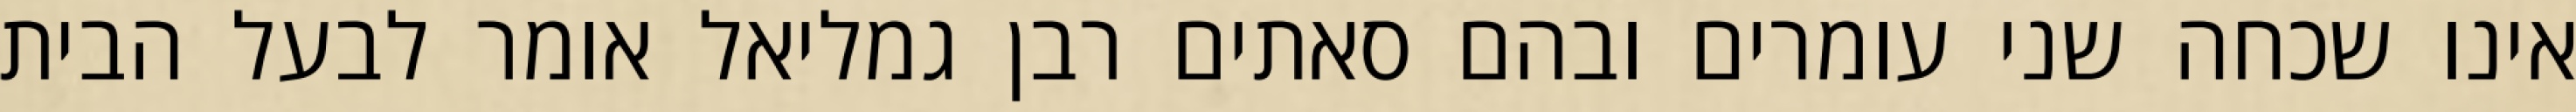
אינו שכחה שני עומרים ובהם סאתים רבן גמליאל אומר לבעל הבית